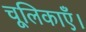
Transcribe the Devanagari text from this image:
चूलिकाएँ।